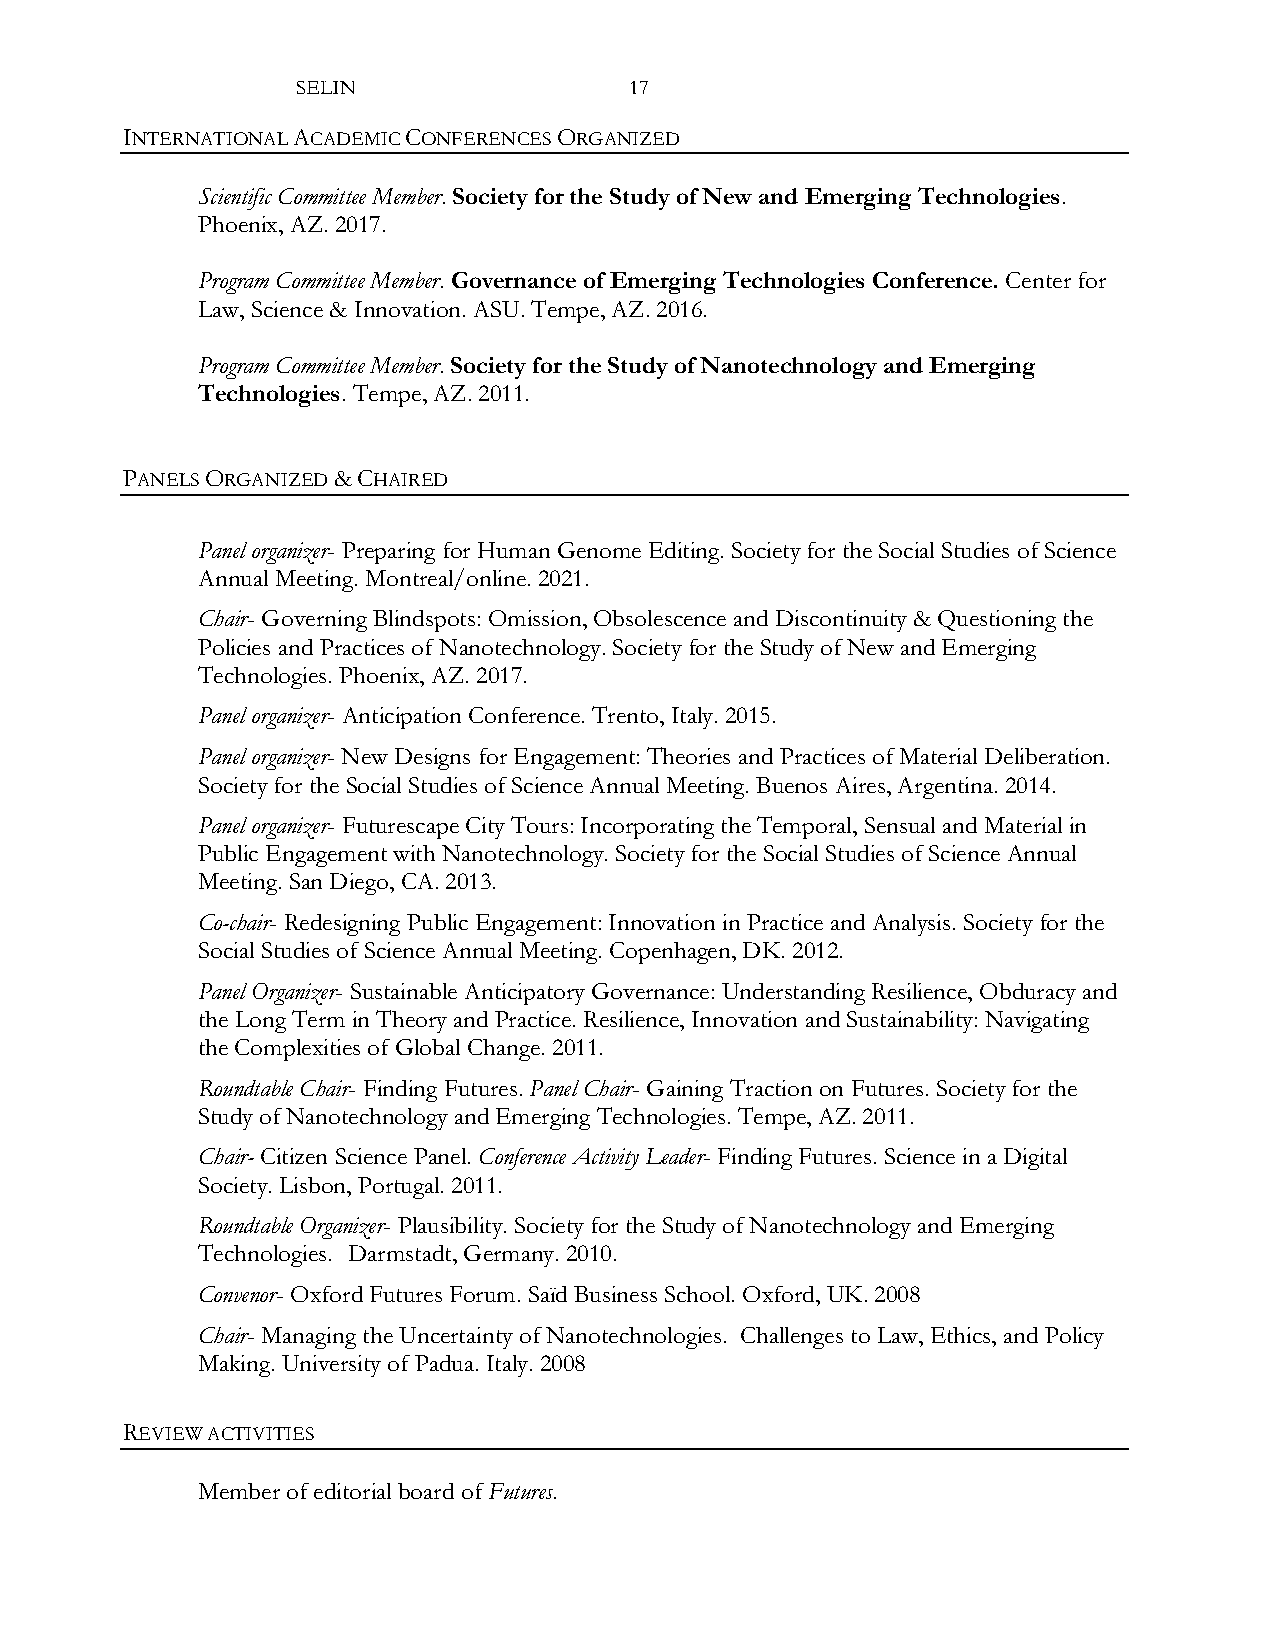
SELIN                 17
 INTERNATIONAL ACADEMIC CONFERENCES ORGANIZED
 Scientific Committee Member. Society for the Study of New and Emerging Technologies.
 Phoenix, AZ. 2017.
 Program Committee Member. Governance of Emerging Technologies Conference. Center for
 Law, Science & Innovation. ASU. Tempe, AZ. 2016.
 Program Committee Member. Society for the Study of Nanotechnology and Emerging
 Technologies. Tempe, AZ. 2011.
 PANELS ORGANIZED & CHAIRED
 Panel organizer- Preparing for Human Genome Editing. Society for the Social Studies of Science
 Annual Meeting. Montreal/online. 2021.
 Chair- Governing Blindspots: Omission, Obsolescence and Discontinuity & Questioning the
 Policies and Practices of Nanotechnology. Society for the Study of New and Emerging
 Technologies. Phoenix, AZ. 2017.
 Panel organizer- Anticipation Conference. Trento, Italy. 2015.
 Panel organizer- New Designs for Engagement: Theories and Practices of Material Deliberation.
 Society for the Social Studies of Science Annual Meeting. Buenos Aires, Argentina. 2014.
 Panel organizer- Futurescape City Tours: Incorporating the Temporal, Sensual and Material in
 Public Engagement with Nanotechnology. Society for the Social Studies of Science Annual
 Meeting. San Diego, CA. 2013.
 Co-chair- Redesigning Public Engagement: Innovation in Practice and Analysis. Society for the
 Social Studies of Science Annual Meeting. Copenhagen, DK. 2012.
 Panel Organizer- Sustainable Anticipatory Governance: Understanding Resilience, Obduracy and
 the Long Term in Theory and Practice. Resilience, Innovation and Sustainability: Navigating
 the Complexities of Global Change. 2011.
 Roundtable Chair- Finding Futures. Panel Chair- Gaining Traction on Futures. Society for the
 Study of Nanotechnology and Emerging Technologies. Tempe, AZ. 2011.
 Chair- Citizen Science Panel. Conference Activity Leader- Finding Futures. Science in a Digital
 Society. Lisbon, Portugal. 2011.
 Roundtable Organizer- Plausibility. Society for the Study of Nanotechnology and Emerging
 Technologies. Darmstadt, Germany. 2010.
 Convenor- Oxford Futures Forum. Saïd Business School. Oxford, UK. 2008
 Chair- Managing the Uncertainty of Nanotechnologies. Challenges to Law, Ethics, and Policy
 Making. University of Padua. Italy. 2008
 REVIEW ACTIVITIES
 Member of editorial board of Futures.